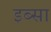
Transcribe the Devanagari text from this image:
इब्‍सा